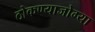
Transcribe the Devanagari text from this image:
ठोकण्याजोग्या